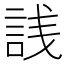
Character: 𬢣